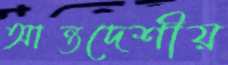
আন্তদেশীয়